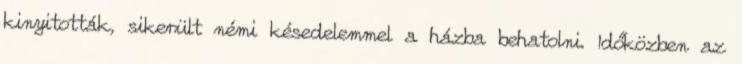
kinyitották, sikerült némi késedelemmel a házba behatolni. Időközben az